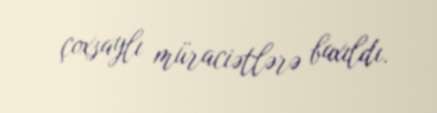
çoxsaylı müraciətlərə baxıldı.